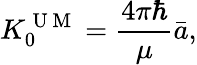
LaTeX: {K_{0}^{\mathrm{~U~M~}}=\frac{4\pi\hbar}{\mu}\bar{a},}